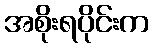
အစိုးရပိုင်းက